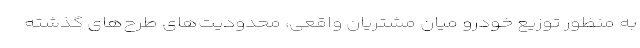
به منظور توزیع خودرو میان مشتریان واقعی، محدودیت‌های طرح‌های گذشته